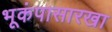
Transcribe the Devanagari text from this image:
भूकंपासारखा